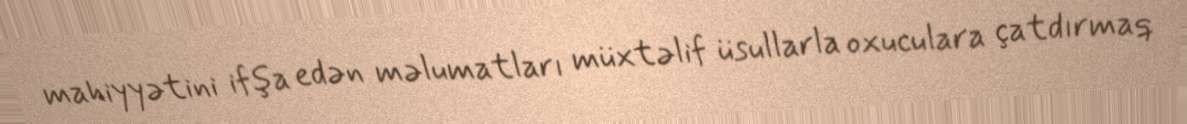
mahiyyətini ifşa edən məlumatları müxtəlif üsullarla oxuculara çatdırmaq